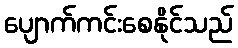
ပျောက်ကင်းစေနိုင်သည်